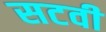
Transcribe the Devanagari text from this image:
सटवी